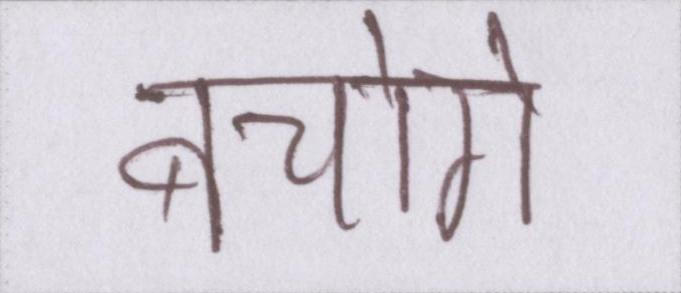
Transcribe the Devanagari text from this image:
बचोगे